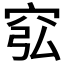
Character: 𥥈